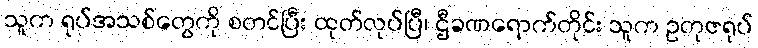
သူက ရုပ်အသစ်တွေကို စတင်ပြီး ထုတ်လုပ်ပြီ၊ ဌီခဏရောက်တိုင်း သူက ဥတုဇရုပ်